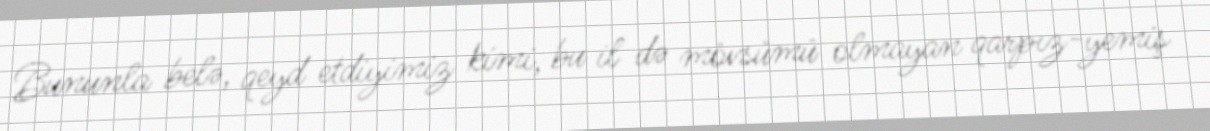
Bununla belə, qeyd etdiyimiz kimi, bu il də mövsümü olmayan qarpız-yemiş